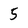
Character: 5